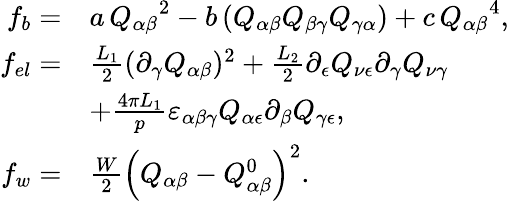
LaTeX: \begin{array}{rl}{f_{b}=}&{a\, {Q_{\alpha\beta}}^{2}-b\, (Q_{\alpha\beta}Q_{\beta\gamma}Q_{\gamma\alpha})+c\, {Q_{\alpha\beta}}^{4},}\\ {f_{el}=}&{\frac{L_{1}}{2}(\partial_{\gamma}Q_{\alpha\beta})^{2}+\frac{L_{2}}{2}\partial_{\epsilon}Q_{\nu\epsilon}\partial_{\gamma}Q_{\nu\gamma}}\\ &{+\frac{4\pi L_{1}}{p}\varepsilon_{\alpha\beta\gamma}Q_{\alpha\epsilon}\partial_{\beta}Q_{\gamma\epsilon},}\\ {f_{w}=}&{\frac{W}{2}\left(Q_{\alpha\beta}-Q_{\alpha\beta}^{0}\right)^{2}.}\end{array}